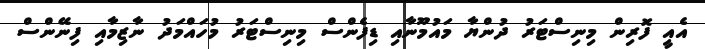
އެއީ ފޮރިން މިނިސްޓަރު ދުންޔާ މައުމޫނާއި ޑިފެންސް މިނިސްޓަރު މުހައްމަދު ނާޒިމާއި ފިނޭންސް